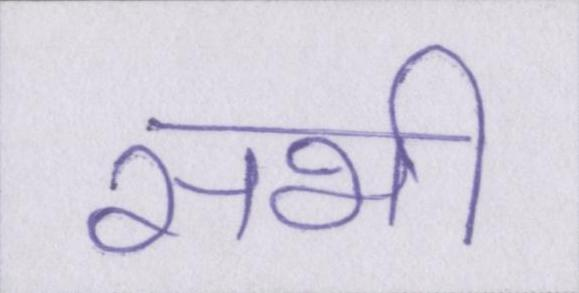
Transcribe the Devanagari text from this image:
सभी